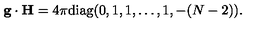
{ \bf g } \cdot { \bf H } = { 4 \pi } \mathrm { d i a g } ( 0 , 1 , 1 , \dots , 1 , - ( N - 2 ) ) .